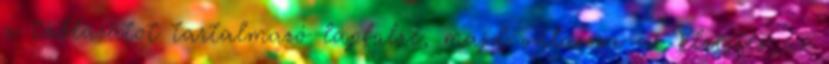
a táblázatot tartalmazó lapfülre, majd válassza az Elrejtés az